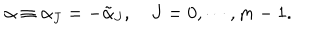
LaTeX: \alpha \equiv \alpha _ { J } = - \tilde { \alpha } _ { J } , \quad J = 0 , \cdots , m - 1 .